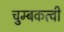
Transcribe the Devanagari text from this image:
चुम्बकत्वी